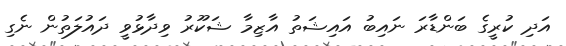
އަދި ކުރީގެ ބަންޑާރަ ނައިބު އައިޝަތު އާޒިމާ ޝަކޫރު ވިދާޅުވީ ދައުލަތުން ނެގި